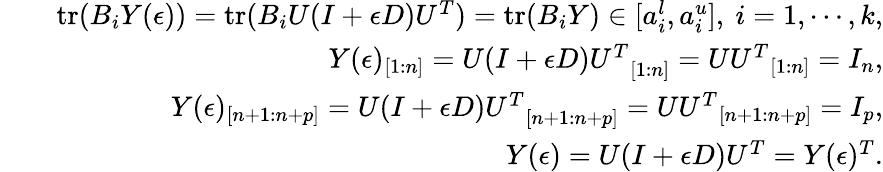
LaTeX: \begin{array}{rlr}&{}&{\mathrm{tr}(B_{i}Y(\epsilon))=\mathrm{tr}(B_{i}U(I+\epsilon D)U^{T})=\mathrm{tr}(B_{i}Y)\in[a_{i}^{l},a_{i}^{u}],~i=1,\cdots,k,}\\ &{}&{Y(\epsilon)_{[1:n]}={U(I+\epsilon D)U^{T}}_{[1:n]}={UU^{T}}_{[1:n]}=I_{n},}\\ &{}&{Y(\epsilon)_{[n+1:n+p]}={U(I+\epsilon D)U^{T}}_{[n+1:n+p]}={UU^{T}}_{[n+1:n+p]}=I_{p},}\\ &{}&{Y(\epsilon)=U(I+\epsilon D)U^{T}=Y(\epsilon)^{T}.}\end{array}